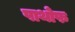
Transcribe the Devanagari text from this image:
पाथोफ